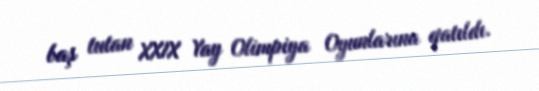
baş tutan XXIX Yay Olimpiya Oyunlarına qatıldı.